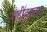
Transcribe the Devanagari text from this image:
शहीदुल्ला